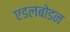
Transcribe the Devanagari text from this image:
एडलबोडन